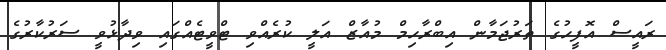
ރައީސް އޮފީހުގެ ތަރުޖަމާން އިބްރާހިމް މުއާޒް އަލީ ކުރެއްވި ޓްވީޓެއްގައި ވިދާޅުވީ ސަރުކާރުގެ